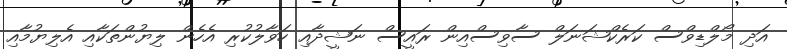
އަދި މޯލްޑިވްސް ކަރެކްޝަނަލް ސާވިސްއިން ރައީސް ނަޝީދާއި ހަވާލުކުރި އެހެން ލިޔުންތަކާއި އެލިޔުމާއި